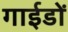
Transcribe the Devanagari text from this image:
गाईडों